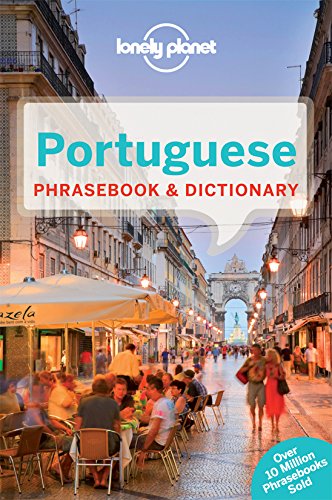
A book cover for Lonely Planet Portuguese Phrasebook & Dictionary (Lonely Planet Phrasebook: Portuguese); Lonely Planet; Travel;